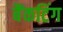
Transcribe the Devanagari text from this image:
बैंकटिंग